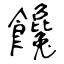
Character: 饞